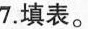
7.填表。